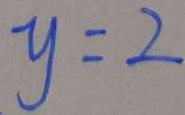
y = 2